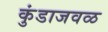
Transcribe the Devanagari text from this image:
कुंडाजवळ